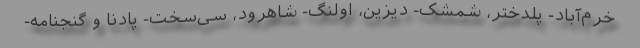
خرم‌آباد- پلدختر، شمشک- دیزین، اولنگ- شاهرود، سی‌سخت- پادنا و گنجنامه-